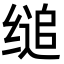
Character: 缒